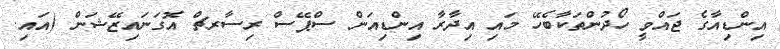
އިންޑިއާގެ ޖައްވީ ހޯދުންތަކާބެހޭ މައި އިދާރާ އިންޑިއަން ސްޕޭސް ރިސާރޗް އޮގަނައިޒޭޝަން (އައި.